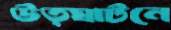
উত্ঘাটনে